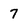
Character: 7